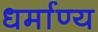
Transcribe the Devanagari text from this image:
धर्माण्य